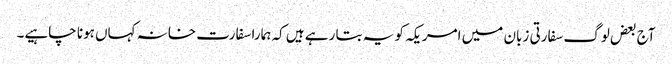
آج بعض لوگ سفارتی زبان میں امریکہ کو یہ بتا رہے ہیں کہ ہمارا سفارت خانہ کہاں ہونا چاہیے۔